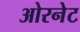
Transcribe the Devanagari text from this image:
ओरनेट